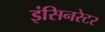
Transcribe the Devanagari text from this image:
इंसिनरेटर